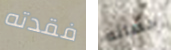
فقدته حصانه